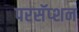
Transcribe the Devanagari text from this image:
परसॅप्शन